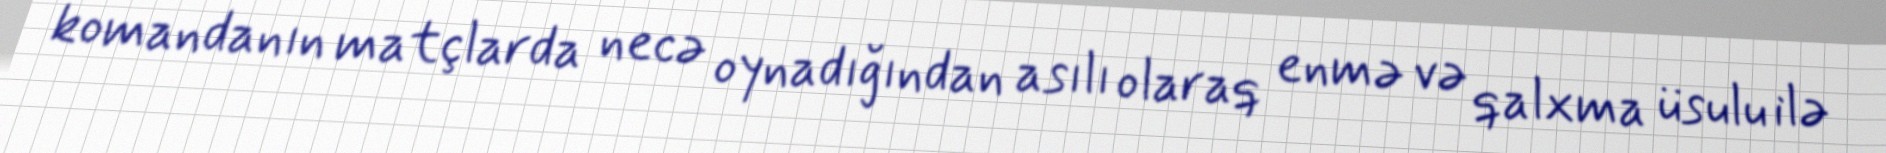
komandanın matçlarda necə oynadığından asılı olaraq enmə və qalxma üsulu ilə